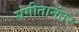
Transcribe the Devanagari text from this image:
संगीतानंतर